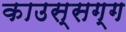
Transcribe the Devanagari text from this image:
काउस्सग्ग